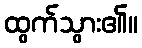
ထွက်သွား၏။